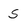
Character: s